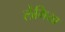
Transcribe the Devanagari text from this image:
लेगिया